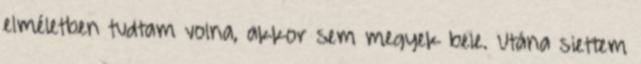
elméletben tudtam volna, akkor sem megyek bele. Utána siettem